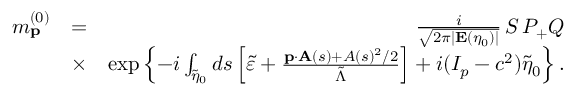
\begin{array} { r l r } { m _ { \mathbf { p } } ^ { ( 0 ) } } & { = } & { \frac { i } { \sqrt { 2 \pi | \mathbf { E } ( \eta _ { 0 } ) | } } \, { \cal S } \, { \cal P } _ { + } Q } \\ & { \times } & { \exp \left\{ - i \int _ { \tilde { \eta } _ { 0 } } d s \left[ \tilde { \varepsilon } + \frac { \mathbf { p } \cdot \mathbf { A } ( s ) + A ( s ) ^ { 2 } / 2 } { \tilde { \Lambda } } \right] + i ( I _ { p } - c ^ { 2 } ) \tilde { \eta } _ { 0 } \right\} . } \end{array}